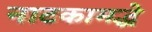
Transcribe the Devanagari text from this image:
नाटकामद्धे